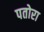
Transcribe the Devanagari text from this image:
पतोरा